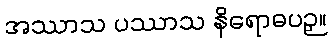
အဿာသ ပဿာသ နိရောဓပဉှ။